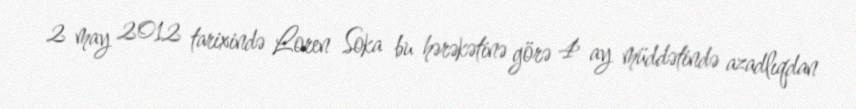
2 may 2012 tarixində Loren Soka bu hərəkətinə görə 4 ay müddətində azadlıqdan